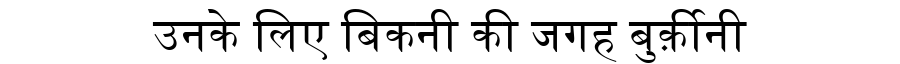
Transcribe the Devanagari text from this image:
उनके लिए बिकनी की जगह बुर्क़ीनी